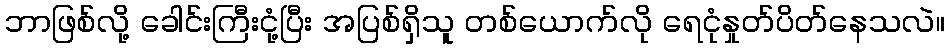
ဘာဖြစ်လို့ ခေါင်းကြီးငုံ့ပြီး အပြစ်ရှိသူ တစ်ယောက်လို ရေငုံနှုတ်ပိတ်နေသလဲ။